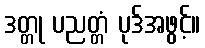
ဒတ္တု ပညတ္တံ ပုဒ်အဖွင့်။